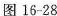
图16-28